Report on the administration of the Government Cinchona Department 1892-98
Year: 1892
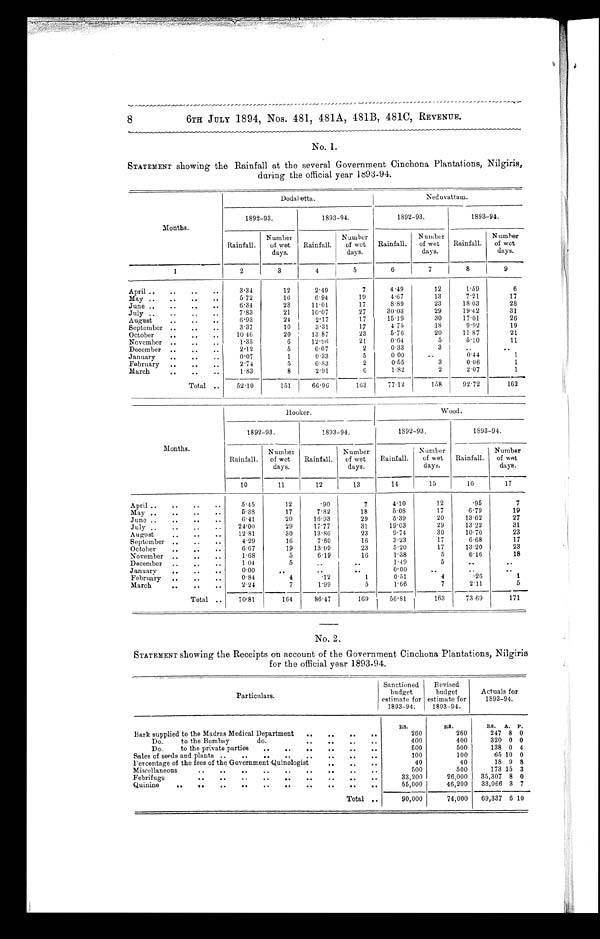
8
6TH JULY 1894, Nos. 481, 481A, 481B, 481C, REVENUE.
No. 1.
STATEMENT showing the Rainfall at the several Government Cinchona Plantations, Nilgiris,
during the official year 1893-94.
Months.
Dodabetta.
------- -----
._.,.•
Neduvattam.
1892-93.
1893-94.
1892-93.
1893-94.
Rainfall.
Number
of wet
days.
Rainfall.
Number
of wet
days.
Rainfall.
Number
of wet
days.
Rainfall.
Number
of wet
days.
1
2
3
4
5
6
7
8
9
April ..
..
..
..
3.34
12
2.49
7
4.49
12
1.59
6
May ..
..
..
..
5.72
16
6.94
19
4.67
13
7.21
17
June ..
..
..
..
6.34
23
11.01
17
8.89
23
18.03
28
July ..
. .
..
..
7.83
21
1 0 . 0 7
27
30.03
29
19.42
31
A u g u s t
, .
..
..
24
2.17
17
15.19
30
1 7 . 0 1
26
September ..
..
..
3.37
10
3.31
17
4.75
18
9.92
19
O c t o b e r
9. ..
.
.
..
20
1 3 . 8 7
23
5.76
20
11 87
21
November ..
..
1.35
6
12..96
21
0.64
5
5.10
11
December ..
..
..
2.12
5
0.07
2
0.33
3
..
..
January
..
..
..
0.07
1
0.33
5
0.00
..
0.44
1
February
..
..
..
2.74
5
0.83 i
2
0.55
3
0.06
1
Marc
..
..
..
8
2.91
6
1.82
2
2.07
1
Total ..
158
-
92.72
---,
52.10
151
66.96
163
7 7 . 1 2
162
Months.
Hooker.
Wood.
1892-93.
1893-94.
1892-93.
1893-94.
Rainfall.
Number
of wet
days.
Rainfall.
Number
of wet
days.
Rainfall.
N umber
of wet
days.
-
'
Rainfall.
Number
of wet
days.
10
11
12
13
14
15
16
17
April ..
..
..
..
5 • 4 5
12 I
.90
7
4.10
12
.95
7
May ..
..
..
..
5.38
17
7.82
18
5.08
17
6.79
19
June ..
,.
..
..
6 . 4 1
20
16.93
29
5.39
20
13.62
27
July ..
..
..
..
24.00
29
17.77
31
19.03
29
13.22
31
August
..
..
..
1 2 . 8 1
30
13.86
23
9 . 7 4
30
10.70
23
September ..
..
..
4.29
16
7.80
16
3.23
17
6.68
17
October
..
..
..
6.67
19
13.09
23
5.20
17
13.20
23
November ..
..
..
1.68
5
6.19
16
1.38
5
6.16
18
December ..
..
..
1 04
5
. .
..
1.49
5
..
..
January
..
..
..
0 . 0 0
..
..
..
0.00
. .
..
February
..
..
0.84
4
.12
1
0.51
4
.26
1
March
..
..
..
2 . 2 4
7
1.99
5
1.66
7
2.11
5
Total ..
70.81
164
86.47
169 i56 . 81
163
73 69
171
No. 2.
STATEMENT showing the Receipts on account of the Government Cinchona Plantations, Nilgiris
for the official year 1893-94.
Particulars.
Sanctioned
budget
estimate for
1893-94.
Revised
budget
estimate for
1893-94.
Actuals for
1893-94.
RS.
RS.
RS.
A. P.
Bark supplied to the Madras Medical Department
..
..
..
..
260
260
247 8 0
Do.
to the Bombay
do.. .
..
.
.
S .
400
400
320 0 0
Do.
to the private parties
..
500
500
138 0 4
Sales of seeds and plants ..
..
..
..
..
..
..
..
100
100
65 10 0
Percentage of the fees of the Government Quinologist
40
40
18 9 8
Mi scellaneous..
..
..
..
SO
..
..
..
Febrifuge
.. ..
..
..
..
..
..
..
..
33,200
26,000
35,307 8 0
Quinine
..
..
..
..
. .
..
..
..
..
0.
55,000
46,200
33,066 3 7
Total
..
90,000
74,000
69,337
6 10